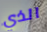
الذي